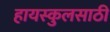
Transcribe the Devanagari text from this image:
हायस्‍कुलसाठी